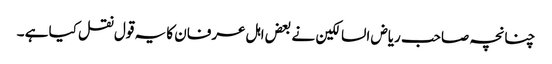
چنانچہ صاحب ریاض السالکین نے بعض اہل عرفان کا یہ قول نقل کیا ہے ۔